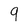
Character: 9